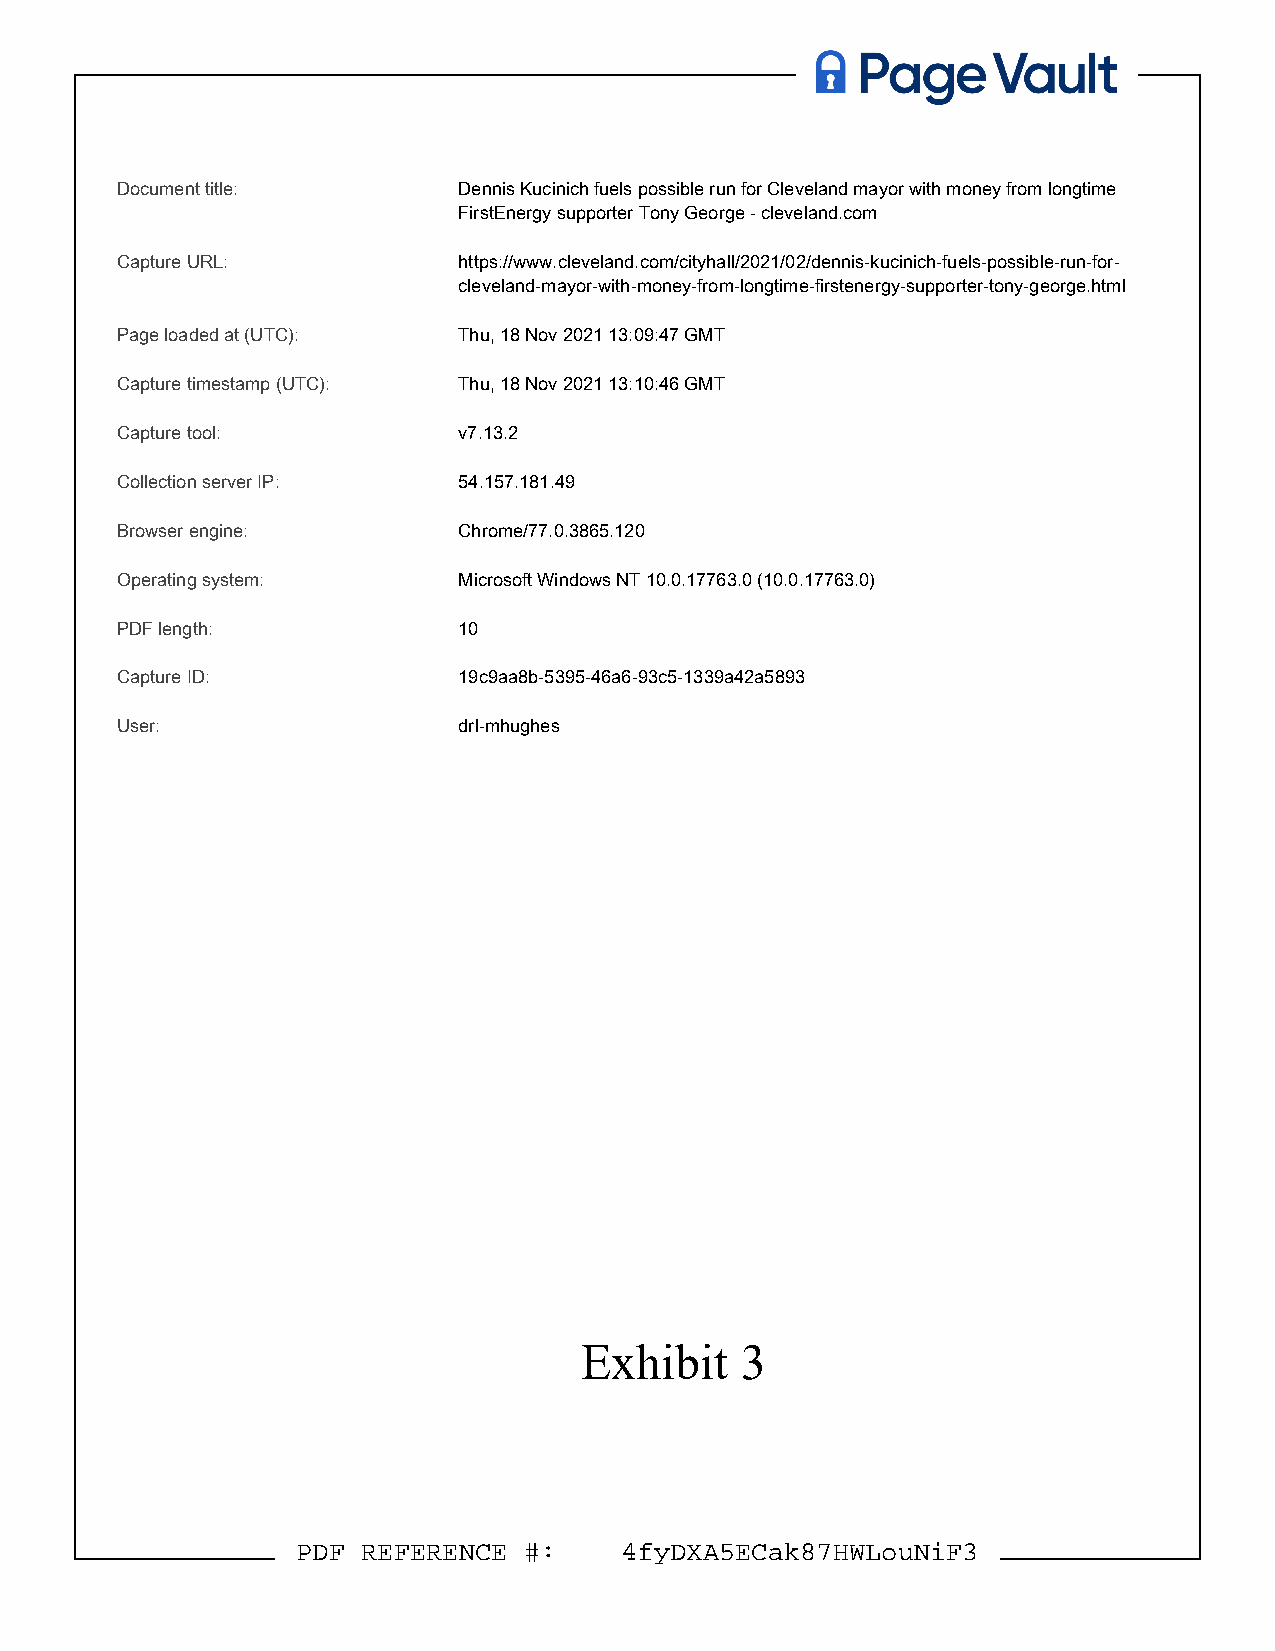
A   Page    Vault
 DDooccuummenetn t ttiittllee: : DDeennninsis KKuuccininiicchh ffuueelsls ppoossssibiblele rruunn ffoorr CClleevveellaanndd mmaayyoro r wwitithh mmoonneey y ffrroomm lloonnggttiimmee
 FFiirrssttEEnneerrggyy ssuupppporotreter r TToonnyy GGeeoorrggee -- cclleevveellaanndd..ccoomm
 CCaapptuturere UURRL:L : hhttttppss::///w/wwwww..cclleevveellaanndd.c.coom/mc/ictiytyhahlall/l/2200221/10/20/2d/ednennisn-isk-ukcuinciinchic-hf-ufeulesl-sp-opsossibslibel-er-urnu-nf-ofro-r -
 cclleevveellaanndd--mmaayyoro-r-wwitithh--mmonoenye-yf-rforom-mlo-lnogntgitmime-efi-frirsstteenneerrggyy--ssuupppoprotretre-r-ttoonnyy--ggeeoorgrge.eh.htmtmi l
 PPaaggee llooaaddeedd aatt ((UUTTCC):) : TThhu,u , 1188 NNoovv 2200221 1 1133::0099::4477 GGMMTT
 CCaapptuturere ttiimmeessttaammpp ((UUTTCC):) : TThhu,u , 1188 NNoovv 2200221 1 1133::1100::4466 GGMMTT
 CCaapptuturere ttooool:l : vv77..1133.2.2
 CCoolllleecctitioonn sseerrvveer r IIPP: : 5544..115577..118811.4.499
 BBrroowwssere r eenngginine:e : CChhrroomme/e7/77.70.0..33886655.1.12200
 OOppereartaitningg ssyysstteemm: : MMiiccrroossofotf t WWiinnddoowws s NNTT 1100..00..1177776633.0.0 ((1100..00..117777663.30.)0 )
 PPDDFF lleennggthth: : 1100
 CCaapptuturere IIDD: : 1199cc99aaaa88bb--55339955--4466aa66--9933¢cc55--11333399aa4422aa55889933
 UUssere:r :           ddrrll--mmhhuugghheess
 Exhibit    3
 PPDDFF RREEFFEERREENNCCEE ##: : 44f fyyDDXXAA5SEECCaakk887H7WHLWo.uoNuiNFF3 3